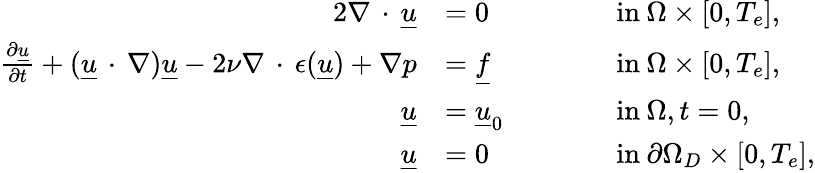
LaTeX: \begin{array}{rlrl}{{2}\nabla\, \cdot\, \underline{{u}}}&{=0}&&{\qquad\textnormal{in}\: \Omega\times[0,T_{e}],}\\ {\frac{\partial\underline{{u}}}{\partial t}+(\underline{{u}}\, \cdot\, \nabla)\underline{{u}}-2\nu\nabla\, \cdot\, \epsilon(\underline{{u}})+\nabla p}&{=\underline{{f}}}&&{\qquad\textnormal{in}\: \Omega\times[0,T_{e}],}\\ {\underline{{u}}}&{=\underline{{u}}_{0}}&&{\qquad\textnormal{in}\: \Omega,t=0,}\\ {\underline{{u}}}&{=0}&&{\qquad\textnormal{in}\: \partial\Omega_{D}\times[0,T_{e}],}\end{array}